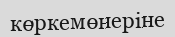
көркемөнеріне